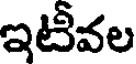
ఇటీవల